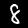
Digit: 8